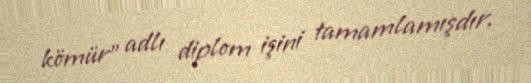
kömür" adlı diplom işini tamamlamışdır.